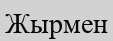
Жырмен